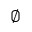
\emptyset